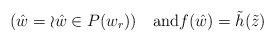
LaTeX: \begin{align*}(\hat w=\wr \hat w\in P(w_r)) \quad\mbox{and}f(\hat w)=\tilde h(\tilde z)\end{align*}